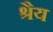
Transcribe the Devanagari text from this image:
श्रैय